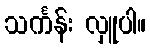
သင်္ကန်း လှူပါ။